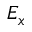
E _ { x }